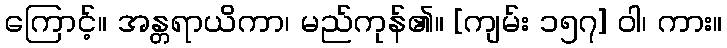
ကြောင့်။ အန္တရာယိကာ၊ မည်ကုန်၏။ [ကျမ်း ၁၅၇] ဝါ၊ ကား။